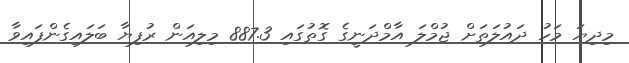
މިދިޔަ މަހު ދައުލަތަށް ޖުމްލަ އާމްދަނީގެ ގޮތުގައި 887.3 މިލިއަން ރުފިޔާ ބަލައިގެންފައިވާ